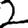
Digit: 2